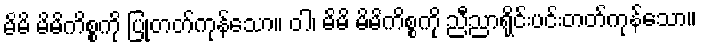
မိမိ မိမိကိစ္စကို ပြုတတ်ကုန်သော။ ဝါ၊ မိမိ မိမိကိစ္စကို ညီညာရိုင်းပင်းတတ်ကုန်သော။